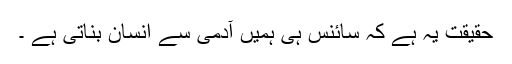
حقیقت یہ ہے کہ سائنس ہی ہمیں آدمی سے انسان بناتی ہے ۔